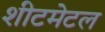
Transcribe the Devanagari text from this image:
शीटमेटल